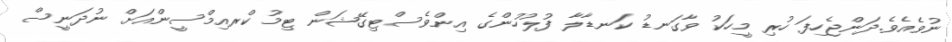
ނުވެއެވެ.ދަންޖެހިފަ ހުރި މީހަކު ވާގަނޑު ކަނޑާލާ ފުލުހުންގެ އިންވެސްޓިގޭޝަން ޓިމު ކްރއިމްސީންއަށް ނުދަނީސް